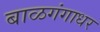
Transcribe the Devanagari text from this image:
बाळगंगाधर